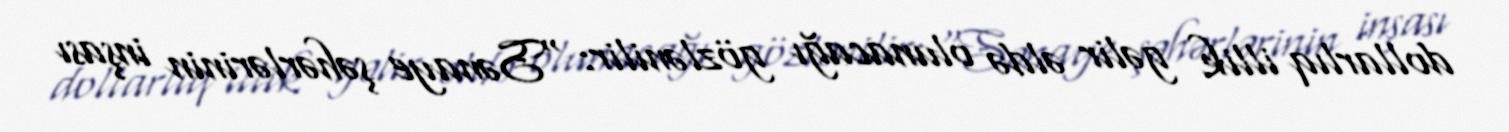
dollarlıq illik gəlir əldə olunacağı gözlənilir: "Sənaye şəhərlərinin inşası